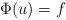
LaTeX: \begin{align*}\Phi(u)=f\end{align*}